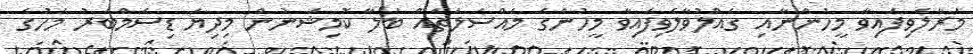
މަރާލެވިފައިވާ މީހުންނާއި ގެއްލުވާލެވިފައިވާ މީހުންގެ މައްސަލަތައް ބަލާ ކޮމިޝަނުން މިދިޔަ ޑިސެމްބަރު މަހުގެ